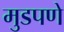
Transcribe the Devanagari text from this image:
मुडपणे